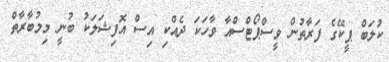
ކުލަބް ޕީކޭގެ ފަރާތުން ވީސްޕޯޓްސްއާ ވާހަކަ ދެއްކި އިސް އޮފިޝަލަކު ބުނީ މިމުބާރާތް